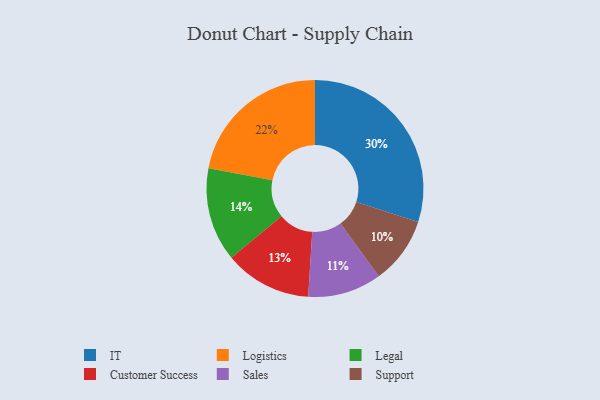
{"axis": {"x": "Category", "y": "Percentage"}, "legend": ["Customer Success", "IT", "Legal", "Logistics", "Sales", "Support"], "data": [{"x": "Support", "y": 10, "type": "Support"}, {"x": "Customer Success", "y": 13, "type": "Customer Success"}, {"x": "IT", "y": 30, "type": "IT"}, {"x": "Sales", "y": 11, "type": "Sales"}, {"x": "Legal", "y": 14, "type": "Legal"}, {"x": "Logistics", "y": 22, "type": "Logistics"}]}